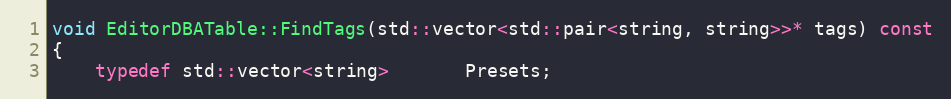
Language: C++
void EditorDBATable::FindTags(std::vector<std::pair<string, string>>* tags) const
{
	typedef std::vector<string>       Presets;